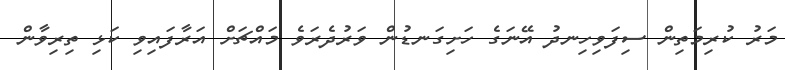
މަރު ކުރިމަތިން ސިފަވިހިނދު އޭނަގެ ހަށިގަނޑުން ވަރުދެރަވެ މައްޗަށް އަރާފައިވި ކަޅި ތިރިވާން